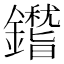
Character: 𨮺